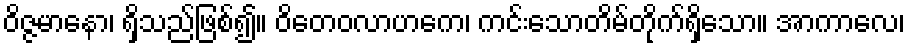
ဝိဇ္ဇမာနော၊ ရှိသည်ဖြစ်၍။ ဝိတေဝလာဟကေ၊ ကင်းသောတိမ်တိုက်ရှိသော။ အာကာလေ၊